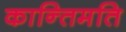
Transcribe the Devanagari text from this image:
कान्तिमति